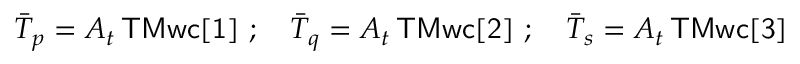
\bar { T } _ { p } = A _ { t } \, { \sf T M w c [ 1 ] } \ ; \quad \bar { T } _ { q } = A _ { t } \, { \sf T M w c [ 2 ] } \ ; \quad \bar { T } _ { s } = A _ { t } \, { \sf T M w c [ 3 ] }